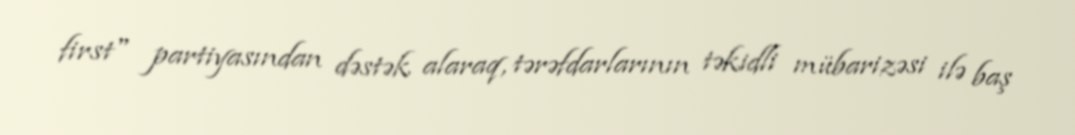
first" partiyasından dəstək alaraq, tərəfdarlarının təkidli mübarizəsi ilə baş